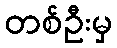
တစ်ဦးမှ